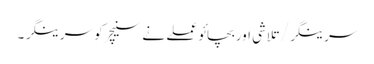
سرینگر/تلاشی اوربچائو عملے نے سنیچر کو سرینگر ۔